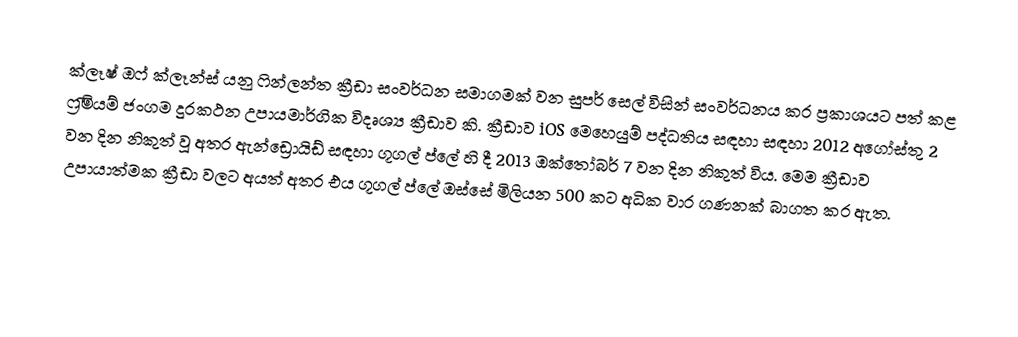
ක්ලෑෂ් ඔෆ් ක්ලෑන්ස් යනු ෆින්ලන්ත ක්‍රීඩා සංවර්ධන සමාගමක් වන සුපර් සෙල් විසින් සංවර්ධනය කර ප්‍රකාශයට පත් කළ ෆ්‍රීමියම් ජංගම දුරකථන උපායමාර්ගික විදෘශ්‍ය ක්‍රීඩාව කි. ක්‍රීඩාව iOS මෙහෙයුම් පද්ධතිය සඳහා සඳහා 2012 අගෝස්තු 2 වන දින නිකුත් වූ අතර ඇන්ඩ්‍රොයිඩ් සඳහා ගූගල් ප්ලේ හි දී 2013 ඔක්තෝබර් 7 වන දින නිකුත් විය. මෙම ක්‍රීඩාව උපායාත්මක ක්‍රීඩා වලට අයත් අතර එය ගූගල් ප්ලේ ඔස්සේ මිලියන 500 කට අධික වාර ගණනක් බාගත කර ඇත.